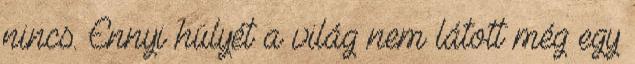
nincs. Ennyi hülyét a világ nem látott még egy